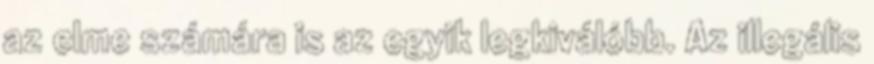
az elme számára is az egyik legkiválóbb. Az illegális